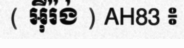
( អ៊ីរ៉ង់ ) AH83 ៖